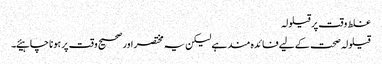
غلط وقت پر قیلولہ
قیلولہ صحت کے لیے فائدہ مند ہے لیکن یہ مختصر اور صحیح وقت پر ہونا چاہیئے۔